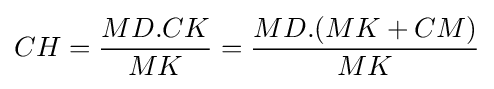
CH={\frac {MD.CK}{MK}}={\frac {MD.(MK+CM)}{MK}}